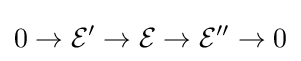
0\to {\mathcal {E}}'\to {\mathcal {E}}\to {\mathcal {E}}''\to 0